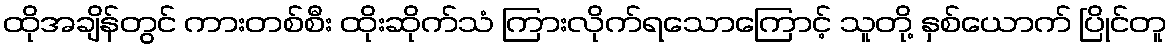
ထိုအချိန်တွင် ကားတစ်စီး ထိုးဆိုက်သံ ကြားလိုက်ရသောကြောင့် သူတို့ နှစ်ယောက် ပြိုင်တူ